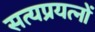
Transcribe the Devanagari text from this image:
सत्यप्रयत्नों